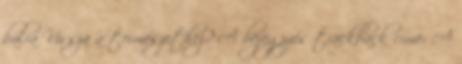
balra Vissza a természethez? A bejegyzés trackback címe: A